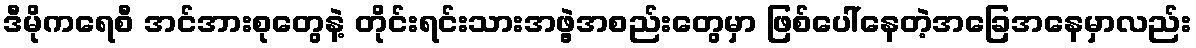
ဒီမိုကရေစီ အင်အားစုတွေနဲ့ တိုင်းရင်းသားအဖွဲ့အစည်းတွေမှာ ဖြစ်ပေါ်နေတဲ့အခြေအနေမှာလည်း